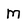
Character: M